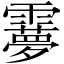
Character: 𩆠